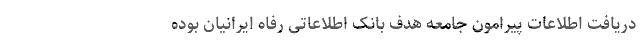
دریافت اطلاعات پیرامون جامعه هدف بانک اطلاعاتی رفاه ایرانیان بوده